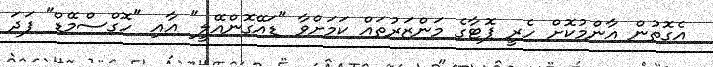
އެގޮތުން އާންމުކޮށް ހެރީ ޕޮޓާގެ މަންޒަރުތައް ކަމަށްވާ "ޑައޭގޮންއޭލީ" އާއި "ހޮގްސްމޭޑް" ފަދަ